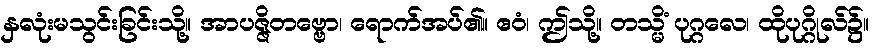
နှလုံးမသွင်းခြင်းသို့။ အာပဇ္ဇိတဗ္ဗော၊ ရောက်အပ်၏။ ဧဝံ၊ ဤသို့။ တသ္မိံ ပုဂ္ဂလေ၊ ထိုပုဂ္ဂိုလ်၌။